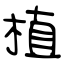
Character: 植